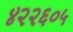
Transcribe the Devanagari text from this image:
४२२६०५